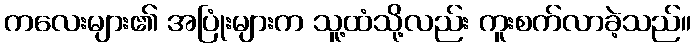
ကလေးများ၏ အပြုံးများက သူ့ထံသို့လည်း ကူးစက်လာခဲ့သည်။